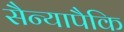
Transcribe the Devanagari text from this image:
सैन्यापैकि